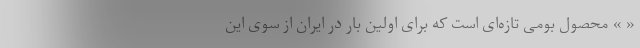
« » محصول بومی تازه‌ای است که برای اولین بار در ایران از سوی این